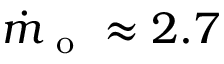
\dot { m } _ { \mathrm { ~ o ~ } } \approx 2 . 7